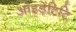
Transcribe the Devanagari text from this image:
आइडेंटिटि